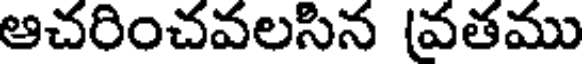
ఆచరించవలసిన (వతము